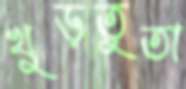
খুড়তুতা